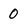
Character: 0